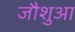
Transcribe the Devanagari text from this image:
जौशुआ